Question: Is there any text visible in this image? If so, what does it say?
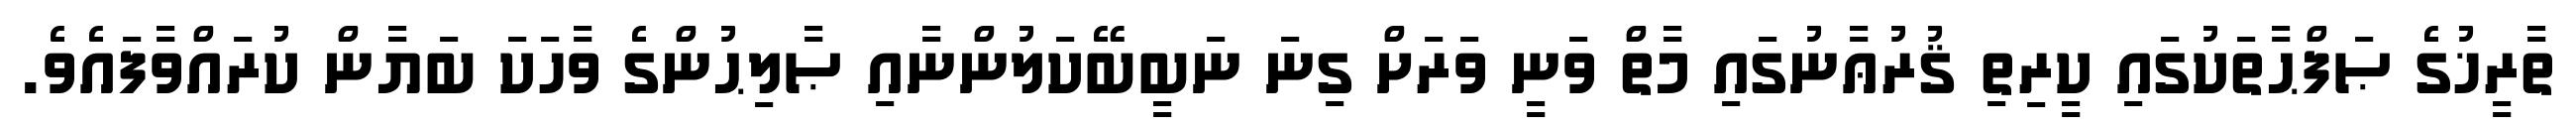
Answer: ތާރީޚުގެ ޞަފްޙާތަކުގައި ކީރިތި ޤުރުޢާނުގައި މާތް ވަނީ ވަރަށް ގިނަ ނަބީބޭކަލުންނާއި ޞާލިޙުންގެ ވާހަކަ ބަޔާން ކުރައްވާފައެވެ.